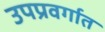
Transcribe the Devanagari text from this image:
उपप्रवर्गात